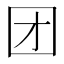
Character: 团